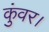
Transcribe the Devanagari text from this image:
कुंवर।